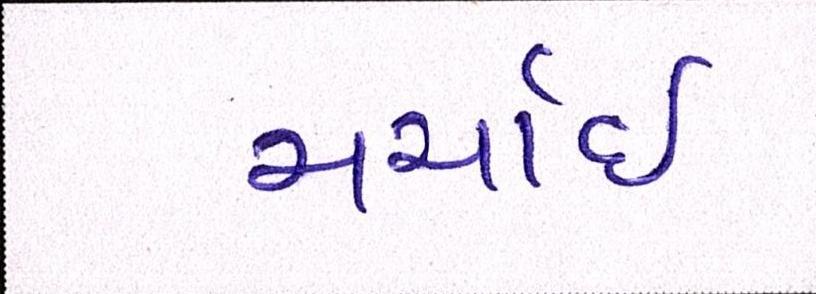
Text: ચર્ચાઈ